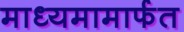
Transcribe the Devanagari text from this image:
माध्यमामार्फत